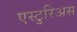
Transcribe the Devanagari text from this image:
एस्टुरिअस